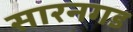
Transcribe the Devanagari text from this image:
सारनगड